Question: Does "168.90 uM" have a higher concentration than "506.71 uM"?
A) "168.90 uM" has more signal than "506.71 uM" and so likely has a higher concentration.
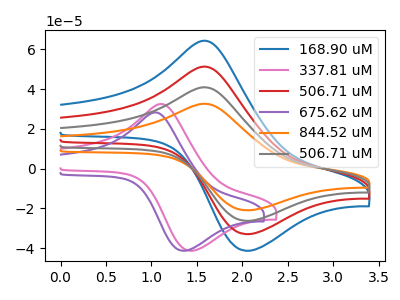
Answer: <think>The blue curve "168.90 uM" has an anodic peak at (1.65V, 64.10uA) and a cathodic peak at (2.05V, -41.40uA). The pink curve "337.81 uM" has an anodic peak at (1.15V, 32.30uA) and a cathodic peak at (1.45V, -41.40uA). The red curve "506.71 uM" has an anodic peak at (1.65V, 51.10uA) and a cathodic peak at (2.05V, -33.00uA). The purple curve "675.62 uM" has an anodic peak at (1.05V, 28.10uA) and a cathodic peak at (1.35V, -41.40uA). The orange curve "844.52 uM" has an anodic peak at (1.65V, 153.35uA) and a cathodic peak at (2.05V, -99.00uA). The gray curve "506.71 uM" has an anodic peak at (1.65V, 102.20uA) and a cathodic peak at (2.05V, -66.00uA).
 All the peaks in "168.90 uM" have a peak in "506.71 uM" at the same potential. Every peak in "168.90 uM" is higher than every peak in "506.71 uM".</think>
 <answer>A) "168.90 uM" has more signal than "506.71 uM" and so likely has a higher concentration.</answer>
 <eval>A</eval>